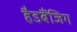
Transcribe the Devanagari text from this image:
हैडबैंजिग